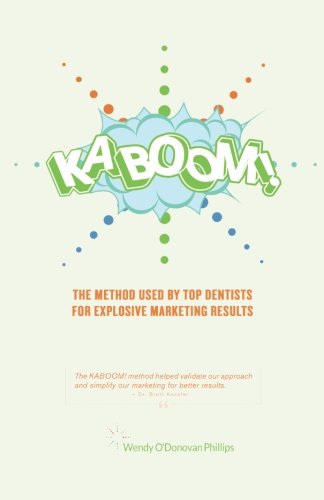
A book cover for KABOOM!: The Method Used By Top Dentists for Explosive Marketing Results; Wendy O'Donovan Phillips; Medical Books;